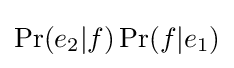
\Pr(e_{2}|f)\Pr(f|e_{1})